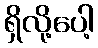
ရှိလို့ပေါ့